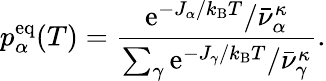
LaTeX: p_{\alpha}^{\mathrm{eq}}(T)=\frac{\mathrm{e}^{-J_{\alpha}/k_{\mathrm{B}}T}/\bar{\nu}_{\alpha}^{\kappa}}{\sum_{\gamma}\mathrm{e}^{-J_{\gamma}/k_{\mathrm{B}}T}/\bar{\nu}_{\gamma}^{\kappa}}.